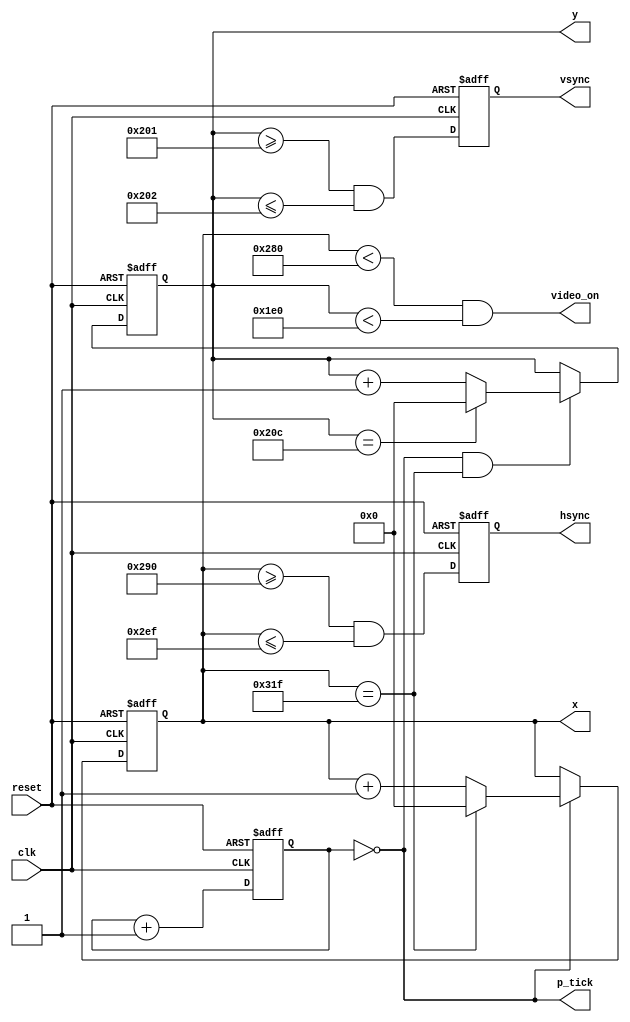
module vga_sync(
		input wire clk, reset,
		output wire hsync, vsync, video_on, p_tick,
		output wire [9:0] x, y
	);
	
	// constant declarations for VGA sync parameters
	localparam H_DISPLAY       = 640; // horizontal display area
	localparam H_L_BORDER      =  48; // horizontal left border
	localparam H_R_BORDER      =  16; // horizontal right border
	localparam H_RETRACE       =  96; // horizontal retrace
	localparam H_MAX           = H_DISPLAY + H_L_BORDER + H_R_BORDER + H_RETRACE - 1;
	localparam START_H_RETRACE = H_DISPLAY + H_R_BORDER;
	localparam END_H_RETRACE   = H_DISPLAY + H_R_BORDER + H_RETRACE - 1;
	
	localparam V_DISPLAY       = 480; // vertical display area
	localparam V_T_BORDER      =  10; // vertical top border
	localparam V_B_BORDER      =  33; // vertical bottom border
	localparam V_RETRACE       =   2; // vertical retrace
	localparam V_MAX           = V_DISPLAY + V_T_BORDER + V_B_BORDER + V_RETRACE - 1;
    localparam START_V_RETRACE = V_DISPLAY + V_B_BORDER;
	localparam END_V_RETRACE   = V_DISPLAY + V_B_BORDER + V_RETRACE - 1;
	
	// mod-2 counter to generate 25 MHz pixel tick
	reg [1:0] pixel_reg;
	wire [1:0] pixel_next;
	wire pixel_tick;
	
	always @(posedge clk,negedge reset)
		if(!reset)
		  pixel_reg <= 0;
		else
		  pixel_reg <= pixel_next;
	
	assign pixel_next = pixel_reg + 1; // increment pixel_reg 
	
	assign pixel_tick = (pixel_reg == 0); // assert tick 1/4 of the time
	
	// registers to keep track of current pixel location
	reg [9:0] h_count_reg, h_count_next, v_count_reg, v_count_next;
	
	// register to keep track of vsync and hsync signal states
	reg vsync_reg, hsync_reg;
	wire vsync_next, hsync_next;
 
	// infer registers
	always @(posedge clk, negedge reset)
		if(!reset)
			begin
           		    v_count_reg <= 0;
            		h_count_reg <= 0;
            		vsync_reg   <= 0;
            		hsync_reg   <= 0;
			end
		else
			begin
            		v_count_reg <= v_count_next;
            		h_count_reg <= h_count_next;
            		vsync_reg   <= vsync_next;
            		hsync_reg   <= hsync_next;
			end
			
	// next-state logic of horizontal vertical sync counters
	always @*
		begin
		h_count_next = pixel_tick ? 
		               h_count_reg == H_MAX ? 0 : h_count_reg + 1
			       : h_count_reg;
		
		v_count_next = pixel_tick && h_count_reg == H_MAX ? 
		               (v_count_reg == V_MAX ? 0 : v_count_reg + 1) 
			       : v_count_reg;
		end
		
   // hsync and vsync are active low signals
   // hsync signal asserted during horizontal retrace
   assign hsync_next = h_count_reg >= START_H_RETRACE && h_count_reg <= END_H_RETRACE;
   
   // vsync signal asserted during vertical retrace
   assign vsync_next = v_count_reg >= START_V_RETRACE && v_count_reg <= END_V_RETRACE;

   // video only on when pixels are in both horizontal and vertical display region
   assign video_on = (h_count_reg < H_DISPLAY) && (v_count_reg < V_DISPLAY);

   // output signals
   assign hsync  = hsync_reg;
   assign vsync  = vsync_reg;
   assign x      = h_count_reg;
   assign y      = v_count_reg;
   assign p_tick = pixel_tick;
endmodule